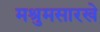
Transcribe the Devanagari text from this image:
मश्रुमसारखे